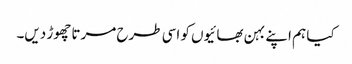
کیا ہم اپنے بہن بھائیوں کو اسی طرح مرتا چھوڑ دیں۔